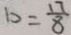
b = \frac { 1 7 } { 8 }